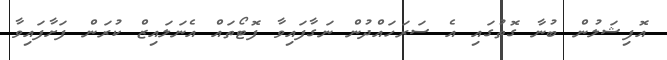
އޮފިޝަލުން ބުނާ ގޮތުގައި އެ ސަރަހައްދުން ނަގާފައިވާ ފޮޓޯތައް އެނަލައިޒް ކުރަން ފަށާފައިވާ